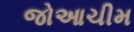
જોઆચીમ